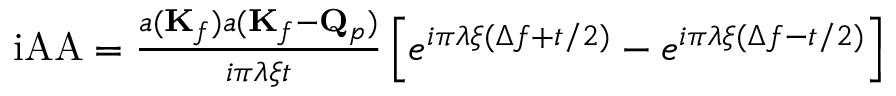
\begin{array} { l } { \mathrm { i A A } = \frac { a ( \mathbf { K } _ { f } ) a ( \mathbf { K } _ { f } - \mathbf { Q } _ { p } ) } { i \pi \lambda \xi t } \left[ e ^ { i \pi \lambda \xi ( \Delta f + t / 2 ) } - e ^ { i \pi \lambda \xi ( \Delta f - t / 2 ) } \right] } \end{array}